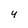
Character: 4